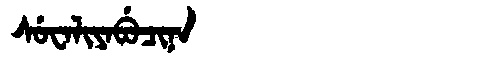
Manchu: ᠰᡠᠸᠠᠯᡳᠶᠠᠪᡠᠴᡳᠨᠠ
Romanization: SUWALIYABUCINA